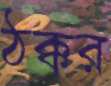
ঠক্কর